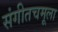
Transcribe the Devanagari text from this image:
संगीतचमूला